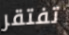
تفتقر